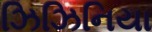
ઝિઝિનિયા